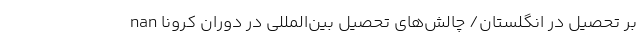
بر تحصیل در انگلستان/ چالش‌های تحصیل بین‌المللی در دوران کرونا nan